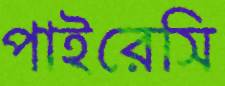
পাইরেসি